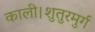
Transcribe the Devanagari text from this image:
काली।शुतुरमुर्ग